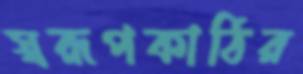
স্বরূপকাঠির